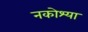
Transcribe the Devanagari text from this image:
नकोश्या